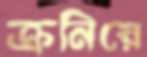
ক্রনিয়ে